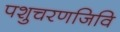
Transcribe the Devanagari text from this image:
पशुचरणजिवि